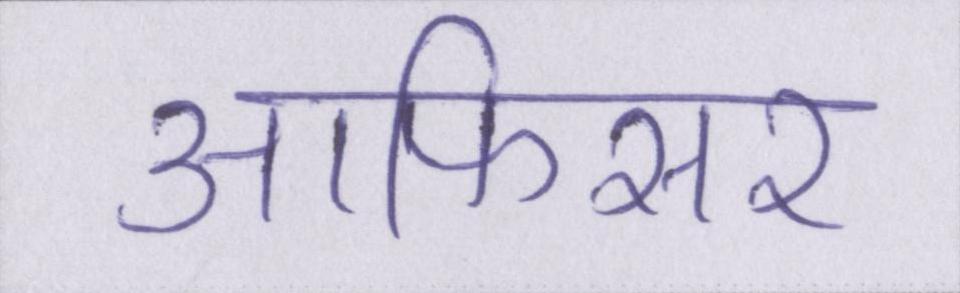
आफिसर